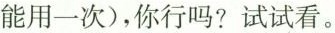
能用一次)，你行吗?试试看。